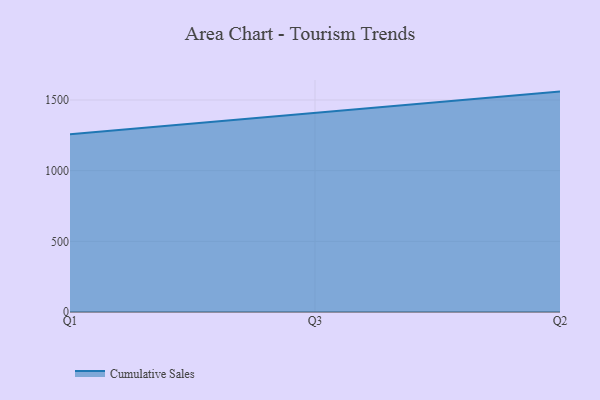
{"axis": {"x": "Quarter", "y": "Churn Rate (%)"}, "legend": ["Cumulative Sales"], "data": [{"x": "Q1", "y": 1257.3, "type": "Cumulative Sales"}, {"x": "Q3", "y": 1408.1, "type": "Cumulative Sales"}, {"x": "Q2", "y": 1559.2, "type": "Cumulative Sales"}]}